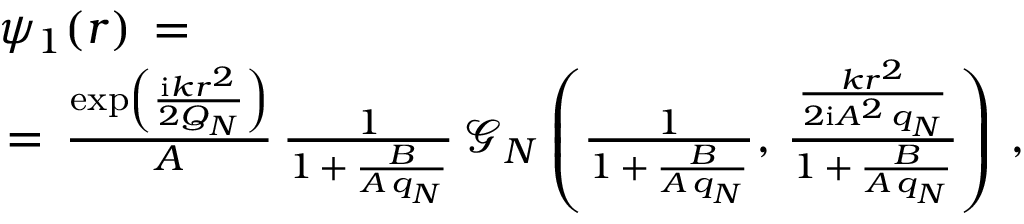
\begin{array} { l } { \displaystyle \psi _ { 1 } ( \boldsymbol { r } ) \, = \, } \\ { \, = \, \frac { \exp \left( \frac { \mathrm { i } k r ^ { 2 } } { 2 Q _ { N } } \right) } A \, \frac { 1 } { 1 \, + \, \frac { B } { A \, q _ { N } } } \, \mathcal { G } _ { N } \left( \frac { 1 } { 1 \, + \, \frac { B } { A \, q _ { N } } } , \, \frac { \frac { k r ^ { 2 } } { 2 \mathrm { i } A ^ { 2 } \, q _ { N } } } { 1 \, + \, \frac { B } { A \, q _ { N } } } \right) \, , } \end{array}